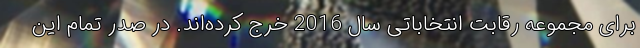
برای مجموعه رقابت انتخاباتی سال 2016 خرج کرده‌اند. در صدر تمام این